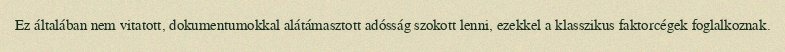
Ez általában nem vitatott, dokumentumokkal alátámasztott adósság szokott lenni, ezekkel a klasszikus faktorcégek foglalkoznak.